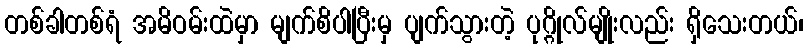
တစ်ခါတစ်ရံ အမိဝမ်းထဲမှာ မျက်စိပါပြီးမှ ပျက်သွားတဲ့ ပုဂ္ဂိုလ်မျိုးလည်း ရှိသေးတယ်၊